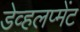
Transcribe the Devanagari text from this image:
डेव्हलप्मेंट